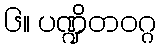
၆။ ပဏ္ဍိတဝဂ္ဂ